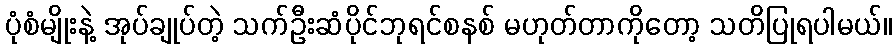
ပုံစံမျိုးနဲ့ အုပ်ချုပ်တဲ့ သက်ဦးဆံပိုင်ဘုရင်စနစ် မဟုတ်တာကိုတော့ သတိပြုရပါမယ်။